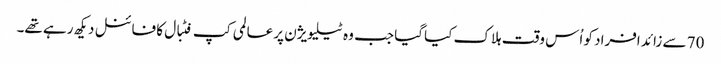
70 سے زائد افراد کو اُس وقت ہلاک کیا گیا جب وہ ٹیلیویژن پر عالمی کپ فٹبال کا فائنل دیکھ رہے تھے۔